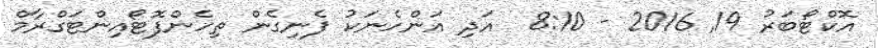
އޮކްޓޯބަރު 19